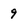
Character: 9